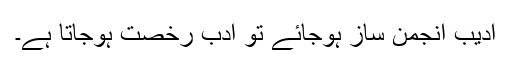
ادیب انجمن ساز ہوجائے تو ادب رخصت ہوجاتا ہے۔